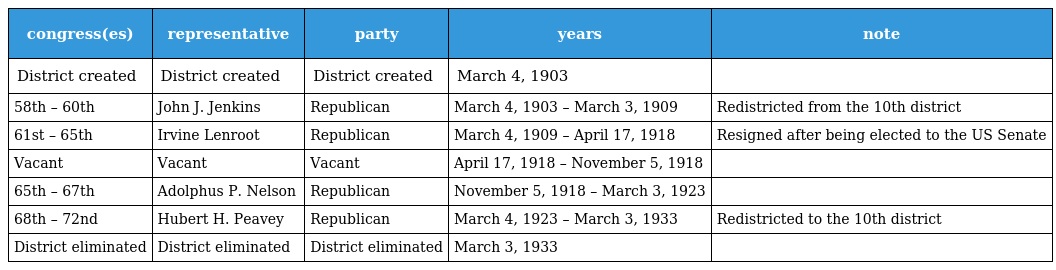
| congress(es) | representative | party | years | note |
 | --- | --- | --- | --- | --- |
 | District created | District created | District created | March 4, 1903 |  |
 | 58th – 60th | John J. Jenkins | Republican | March 4, 1903 – March 3, 1909 | Redistricted from the 10th district |
 | 61st – 65th | Irvine Lenroot | Republican | March 4, 1909 – April 17, 1918 | Resigned after being elected to the US Senate |
 | Vacant | Vacant | Vacant | April 17, 1918 – November 5, 1918 |  |
 | 65th – 67th | Adolphus P. Nelson | Republican | November 5, 1918 – March 3, 1923 |  |
 | 68th – 72nd | Hubert H. Peavey | Republican | March 4, 1923 – March 3, 1933 | Redistricted to the 10th district |
 | District eliminated | District eliminated | District eliminated | March 3, 1933 |  |